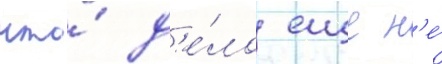
что́ д'е́ло еще н'е́